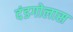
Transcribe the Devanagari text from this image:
दंडगोलास